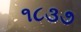
૧૮૩૭